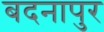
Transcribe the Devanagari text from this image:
बदनापुर